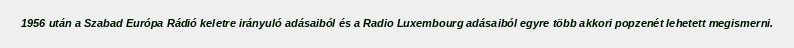
1956 után a Szabad Európa Rádió keletre irányuló adásaiból és a Radio Luxembourg adásaiból egyre több akkori popzenét lehetett megismerni.